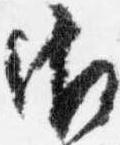
御